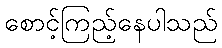
စောင့်ကြည့်နေပါသည်